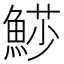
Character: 𩸌